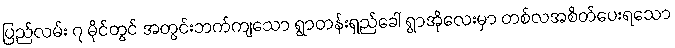
ပြည်လမ်း ၇ မိုင်တွင် အတွင်းဘက်ကျသော ရွာတန်းရှည်ခေါ် ရွာအိုလေးမှာ တစ်လအစိတ်ပေးရသော